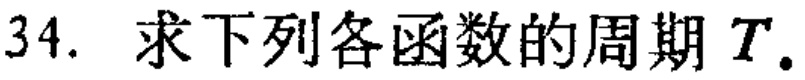
34. 求下列各函数的周期 \(T\).